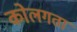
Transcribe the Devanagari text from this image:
कोलगता